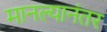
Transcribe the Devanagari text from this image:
मानल्यानंतर